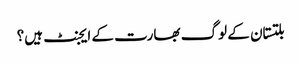
بلتستان کے لوگ بھارت کے ایجنٹ ہیں؟